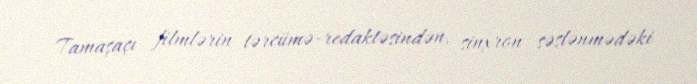
Tamaşaçı filmlərin tərcümə-redaktəsindən, sinxron səslənmədəki